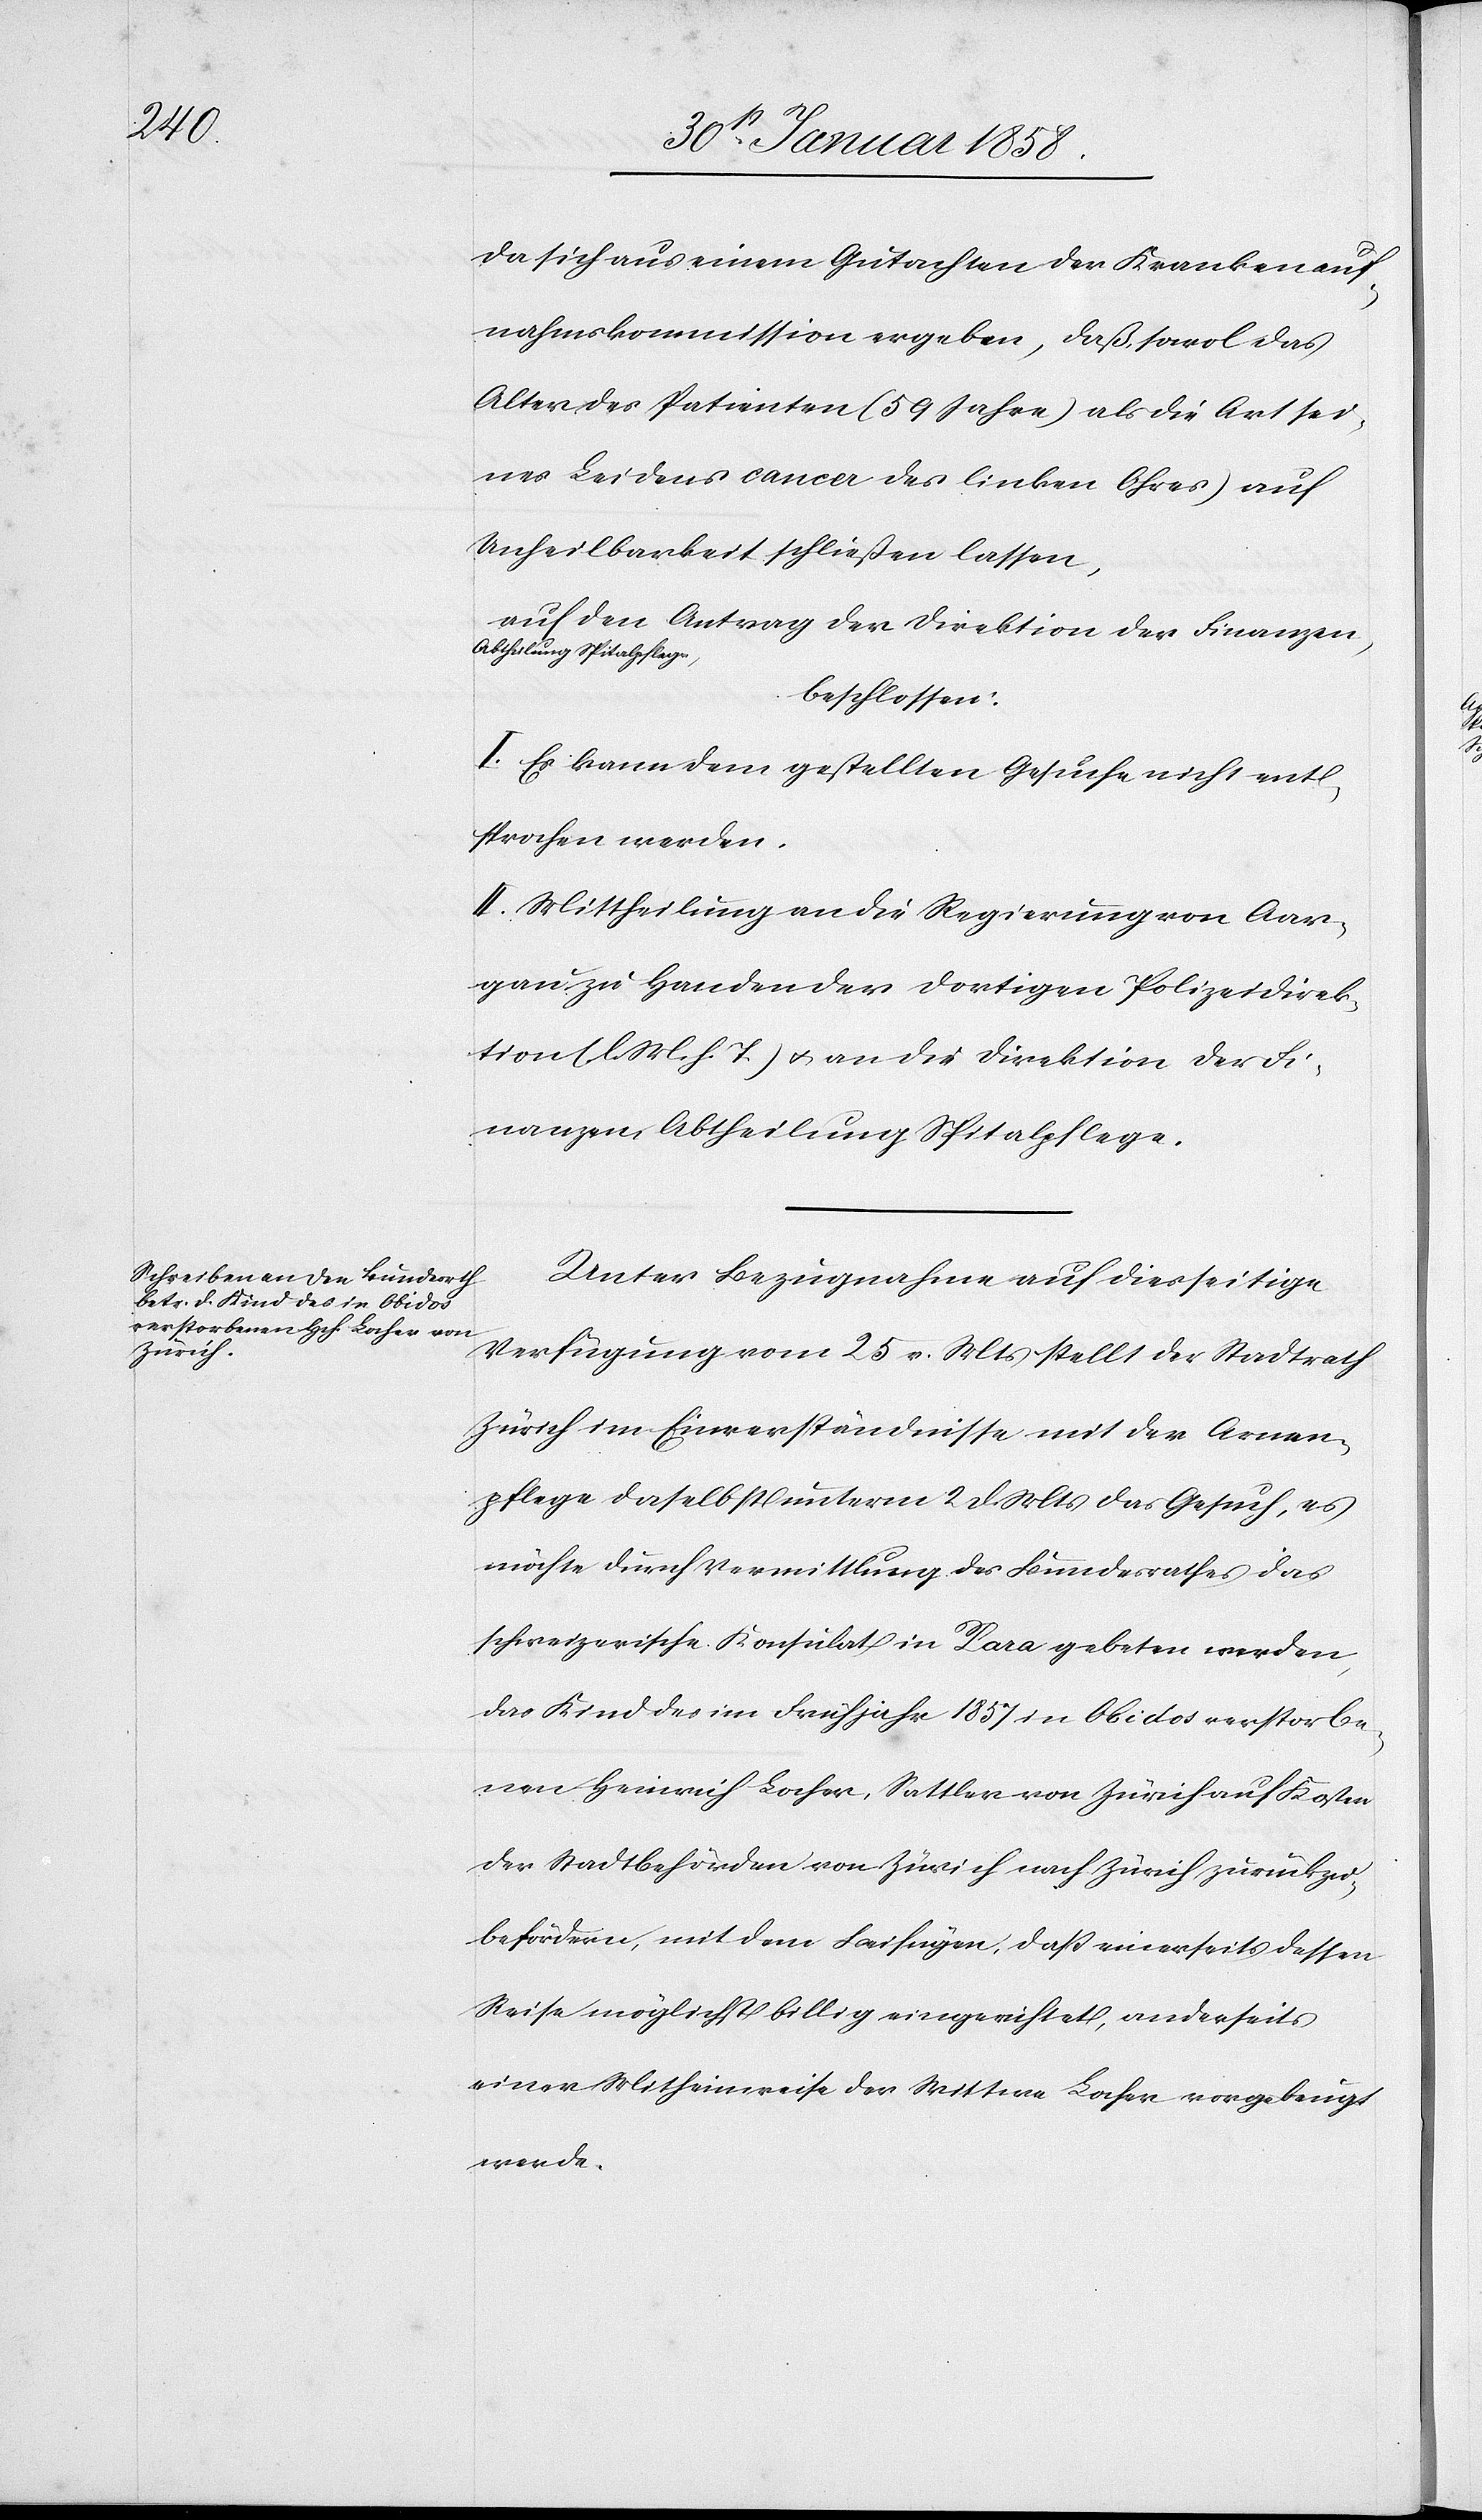
da sich aus einem Gutachten der Krankenauf¬
nahmskommission ergeben, daß sowol das
Alter des Patienten (59 Jahre) als die Art sei¬
nes Leidens [(]cancer des linken Ohres) auf
Unheilbarkeit schließen lassen,
auf den Antrag der Direktion der Finanzen,
Abtheilung Spitalpflege,
beschlossen:
I. Es kann dem gestellten Gesuche nicht ent¬
sprochen werden.
II. Mittheilung an die Regierung von Aar¬
gau zu Handen der dortigen Polizeidirek¬
tion (l. M. h. T.) u. an die Direktion der Fi¬
nanzen, Abtheilung Spitalpflege.
Unter Bezugnahme auf diesseitige
Verfügung vom 25 v. Mts stellt der Stadtrath
Zürich im Einverständnisse mit der Armen¬
pflege daselbst unterm 2 d. Mts das Gesuch, es
möchte durch Vermittlung des Bundesrathes das
schweizerische Konsulat in Para gebeten werden,
das Kind des im Frühjahr 1857 in Obidos verstorbe¬
nen Heinrich Locher, Sattler von Zürich auf Kosten
der Stadtbehörden von Zürich nach Zürich zurückzu¬
befördern, mit dem Beifügen, daß einerseits dessen
Reise möglichst billig eingerichtet, anderseits
einer Mitheimreise der Wittwe Locher vorgebeugt
werde.